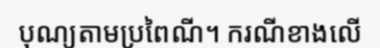
បុណ្យតាមប្រពៃណី។ ករណីខាងលើ